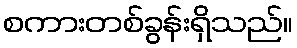
စကားတစ်ခွန်းရှိသည်။